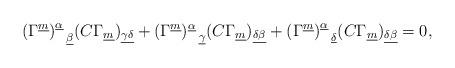
LaTeX: \begin{align*}(\Gamma^{\underline m})^{\underline\alpha}_{~~\underline\beta}(C\Gamma_{\underline m})_{\underline{\gamma\delta}}+(\Gamma^{\underline m})^{\underline\alpha}_{~~\underline\gamma}(C\Gamma_{\underline m})_{\underline{\delta\beta}}+(\Gamma^{\underline m})^{\underline\alpha}_{~~\underline\delta}(C\Gamma_{\underline m})_{\underline{\delta\beta}}=0,\end{align*}